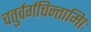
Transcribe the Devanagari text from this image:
चतुर्वर्गचिन्तामािः